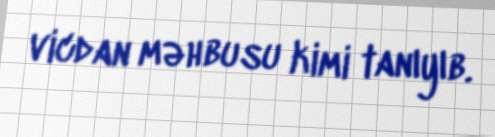
vicdan məhbusu kimi tanıyıb.